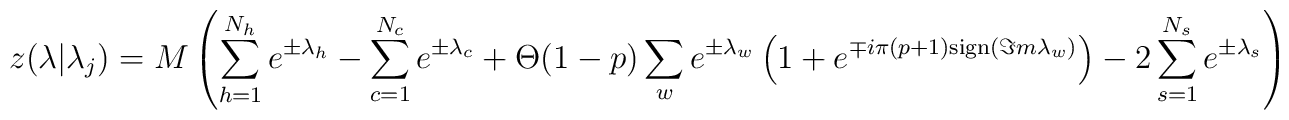
z(\lambda |\lambda _{j})=M\left( \sum ^{N_{h}}_{h=1}e^{\pm \lambda _{h}}-\sum _{c=1}^{N_{c}}e^{\pm \lambda _{c}}+\Theta (1-p)\sum _{w}e^{\pm \lambda _{w}}\left( 1+e^{\mp i\pi (p+1)\mathrm{sign}(\Im m\lambda _{w})}\right) -2\sum ^{N_{s}}_{s=1}e^{\pm \lambda _{s}}\right)